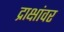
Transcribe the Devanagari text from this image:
द्राक्षांवर